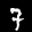
Label: 7